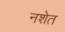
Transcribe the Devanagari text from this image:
नशेत